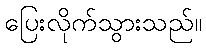
ပြေးလိုက်သွားသည်။